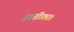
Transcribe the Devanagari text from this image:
इस्तीफ़ा।